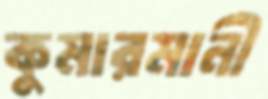
কুমারমানী